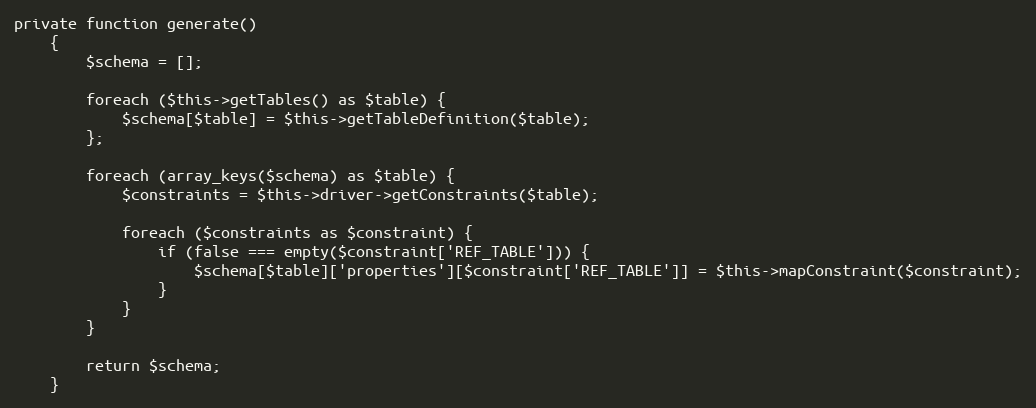
Language: PHP
private function generate()
    {
        $schema = [];

        foreach ($this->getTables() as $table) {
            $schema[$table] = $this->getTableDefinition($table);
        };

        foreach (array_keys($schema) as $table) {
            $constraints = $this->driver->getConstraints($table);

            foreach ($constraints as $constraint) {
                if (false === empty($constraint['REF_TABLE'])) {
                    $schema[$table]['properties'][$constraint['REF_TABLE']] = $this->mapConstraint($constraint);
                }
            }
        }

        return $schema;
    }